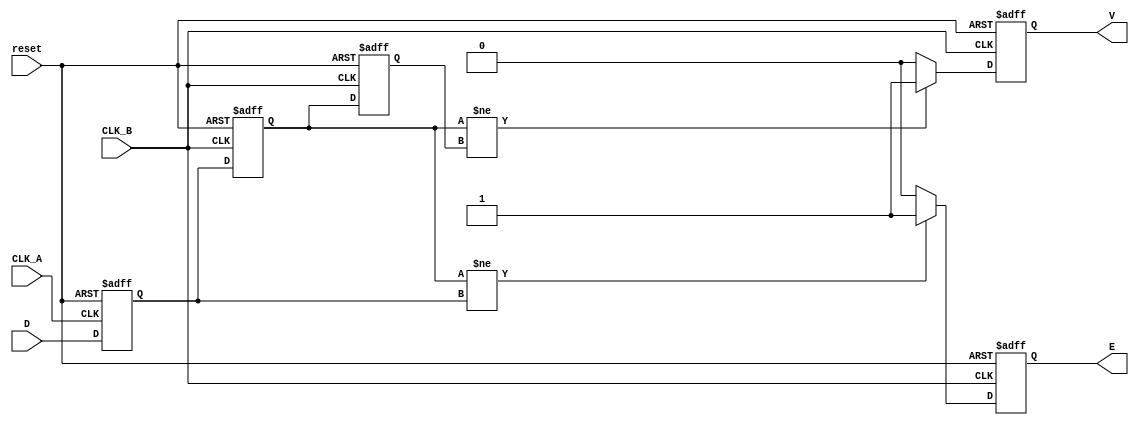
module cdc_detector (
    input wire D,          // Asynchronous data signal
    input wire CLK_A,     // Clock for originating domain
    input wire CLK_B,     // Clock for receiving domain
    input wire reset,     // Reset signal
    output reg V,         // Valid signal
    output reg E          // Error signal
);

    // Internal signals
    reg D_A;              // Data captured in clock domain A
    reg D_B;              // Data captured in clock domain B
    reg D_B_prev;         // Previous state of D_B for error detection

    // Sampling mechanism
    always @(posedge CLK_A or posedge reset) begin
        if (reset) begin
            D_A <= 1'b0;
        end else begin
            D_A <= D; // Capture D in clock domain A
        end
    end

    always @(posedge CLK_B or posedge reset) begin
        if (reset) begin
            D_B <= 1'b0;
            D_B_prev <= 1'b0;
            V <= 1'b0;
            E <= 1'b0;
        end else begin
            D_B_prev <= D_B; // Store previous value before sampling
            D_B <= D_A;      // Capture D_A in clock domain B

            // Check for valid condition and error condition
            if (D_B != D_B_prev) begin
                V <= 1'b1;    // Valid signal is set if there's a change
            end else begin
                V <= 1'b0;    // Reset valid signal if no change
            end
            
            // Error detection: flag if the sampled value has changed unexpectedly
            if (D_B != D_A) begin
                E <= 1'b1;    // Set error signal if there's a mismatch
            end else begin
                E <= 1'b0;    // Reset error signal if no mismatch
            end
        end
    end
endmodule